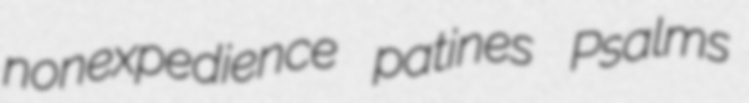
nonexpedience patines Psalms